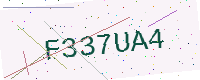
Text: F337UA4